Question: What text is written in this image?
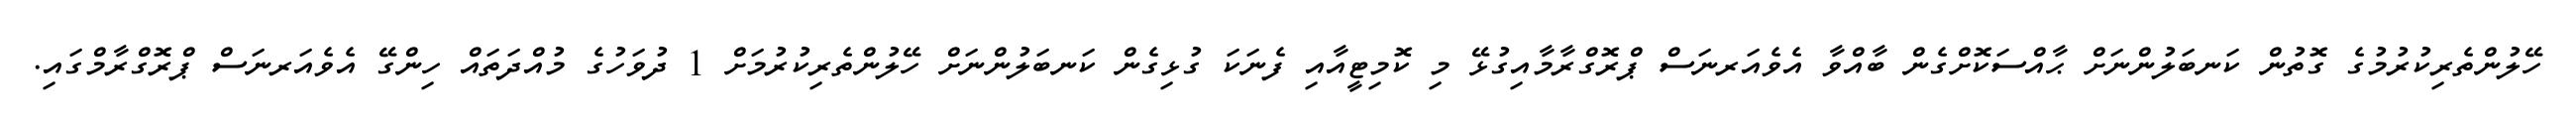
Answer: ހޭލުންތެރިކުރުމުގެ ގޮތުން ކަނބަލުންނަށް ޙާއްސަކޮށްގެން ބާއްވާ އެވެއަރނަސް ޕްރޮގްރާމާއިގުޅޭ މި ކޮމިޓީއާއި ފެނަކަ ގުޅިގެން ކަނބަލުންނަށް ހޭލުންތެރިކުރުމަށް 1 ދުވަހުގެ މުއްދަތައް ހިންގޭ އެވެއަރނަސް ޕްރޮގްރާމްގައި.